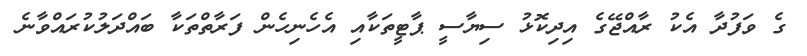
ގެ ވަފުދާ އެކު ރާއްޖޭގެ އިދިކޮޅު ސިޔާސީ ޕާޓީތަކާއި އެހެނިހެން ފަރާތްތަކާ ބައްދަލުކުރައްވާނެ